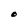
Character: O